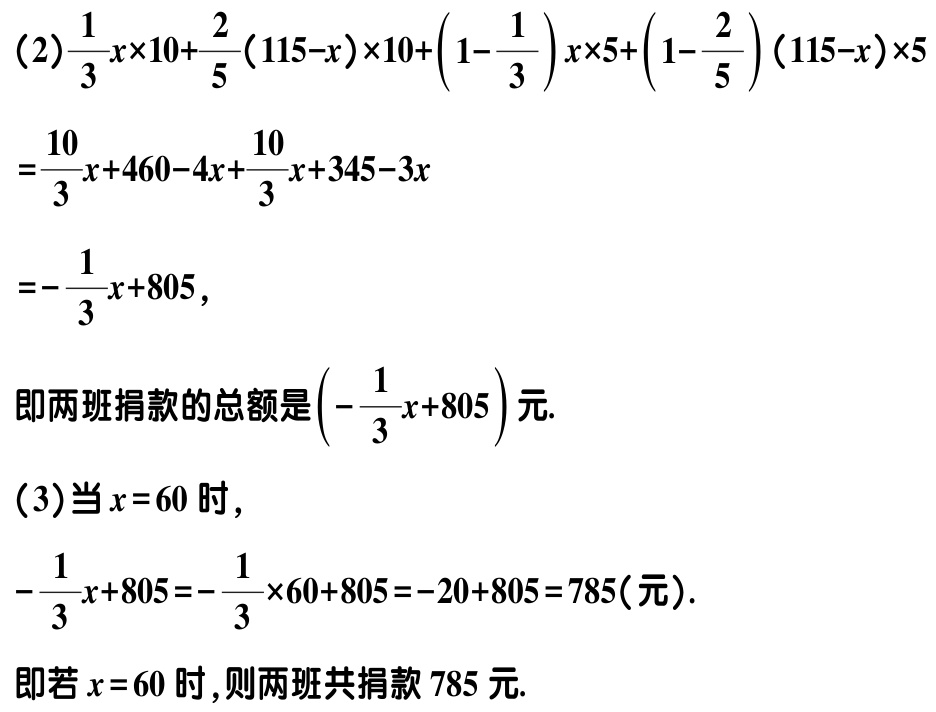
(2)\(\frac{1}{3}x\times10+\frac{2}{5}(115 - x)\times10+\left(1 - \frac{1}{3}\right)x\times5+\left(1 - \frac{2}{5}\right)(115 - x)\times5\)
\(=\frac{10}{3}x + 460-4x+\frac{10}{3}x + 345-3x\)
\(=-\frac{1}{3}x + 805\),
即两班捐款的总额是\(\left(-\frac{1}{3}x + 805\right)\)元.
(3)当\(x = 60\)时,
\(-\frac{1}{3}x + 805=-\frac{1}{3}\times60 + 805=-20 + 805 = 785\)(元).
即若\(x = 60\)时,则两班共捐款\(785\)元.